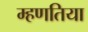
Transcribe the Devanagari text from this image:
म्हणतिया